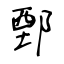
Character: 鄄